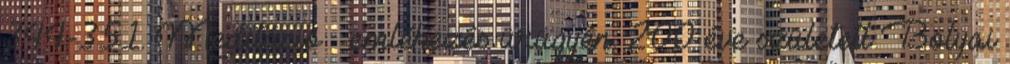
344-351. Meditáció – emlékezés ürügyén. 200 éve született Bolyai